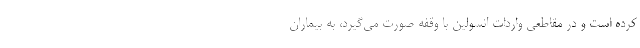
کرده است و در مقاطعی واردات انسولین با وقفه صورت می‌گیرد، به بیماران